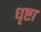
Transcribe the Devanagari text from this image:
धृष्टा